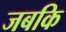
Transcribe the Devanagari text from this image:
जबकि